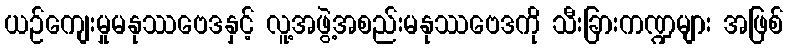
ယဉ်ကျေးမှုမနုဿဗေဒနှင့် လူ့အဖွဲ့အစည်းမနုဿဗေဒကို သီးခြားကဏ္ဍများ အဖြစ်